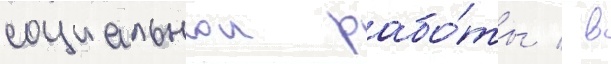
социальнои рабо́ты / в